Annual report of the Central Committee of the Association together with the report of the directors of the Pasteur Institute at Kasauli
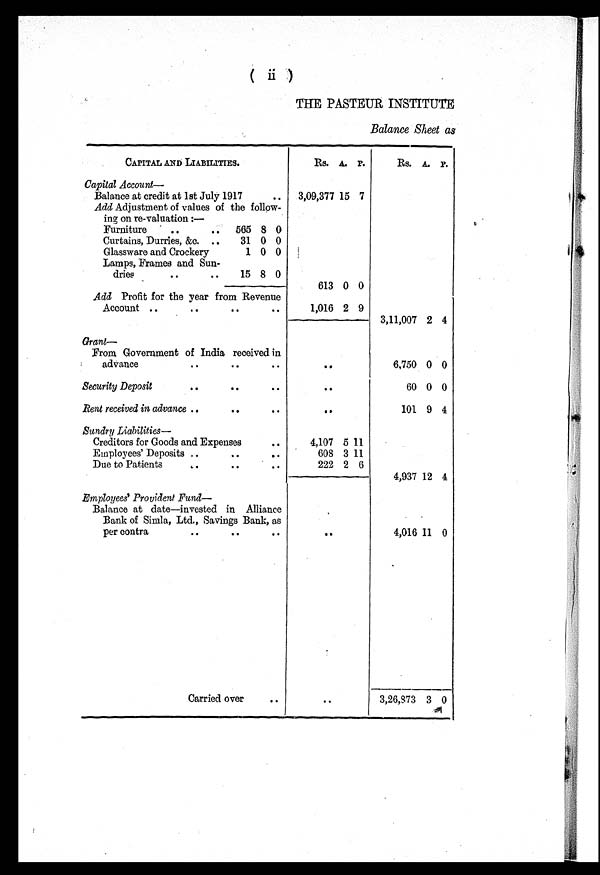
THE PASTEUR INSTITUTE
Balance Sheet as
CAPITAL AND LIABILITIES.
Rs. A. P.
Rs. A. P.
Capital Account—
Balance at credit at 1st July 1917
3,09,377 15 7
Add Adjustment of values of the follow-
ing on re-valuation:—
Furniture
565 8 0
Curtains, Durries, &c.
31 0 0
Glassware and Crockery
1 0 0
Lamps, Frames and Sun-
dries
15 8 0
,
613 0 0
Add Profit for the year from Revenue
Account
1,016 2 9
3,11,007 2 4
Grant—
From Government of India received in
advance
..
6,750 0 0
Security Deposit
. .
60 0 0
Bent received in advance
..
101 9 4
Sundry Liabilities—
Creditors for Goods and Expenses
4,107 5 11
Employees' Deposits
608 3 11
Due to Patients
222 2 6
4,937 12 4
Employees' Provident Fund
Balance at date—invested in Alliance
Bank of Simla, Ltd., Savings Bank, as
per contra
..
4,016 11 0
Carried over
. .
3,26,873 3 0